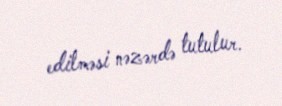
edilməsi nəzərdə tutulur.